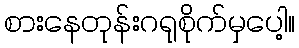
စားနေတုန်းဂရုစိုက်မှပေါ့။